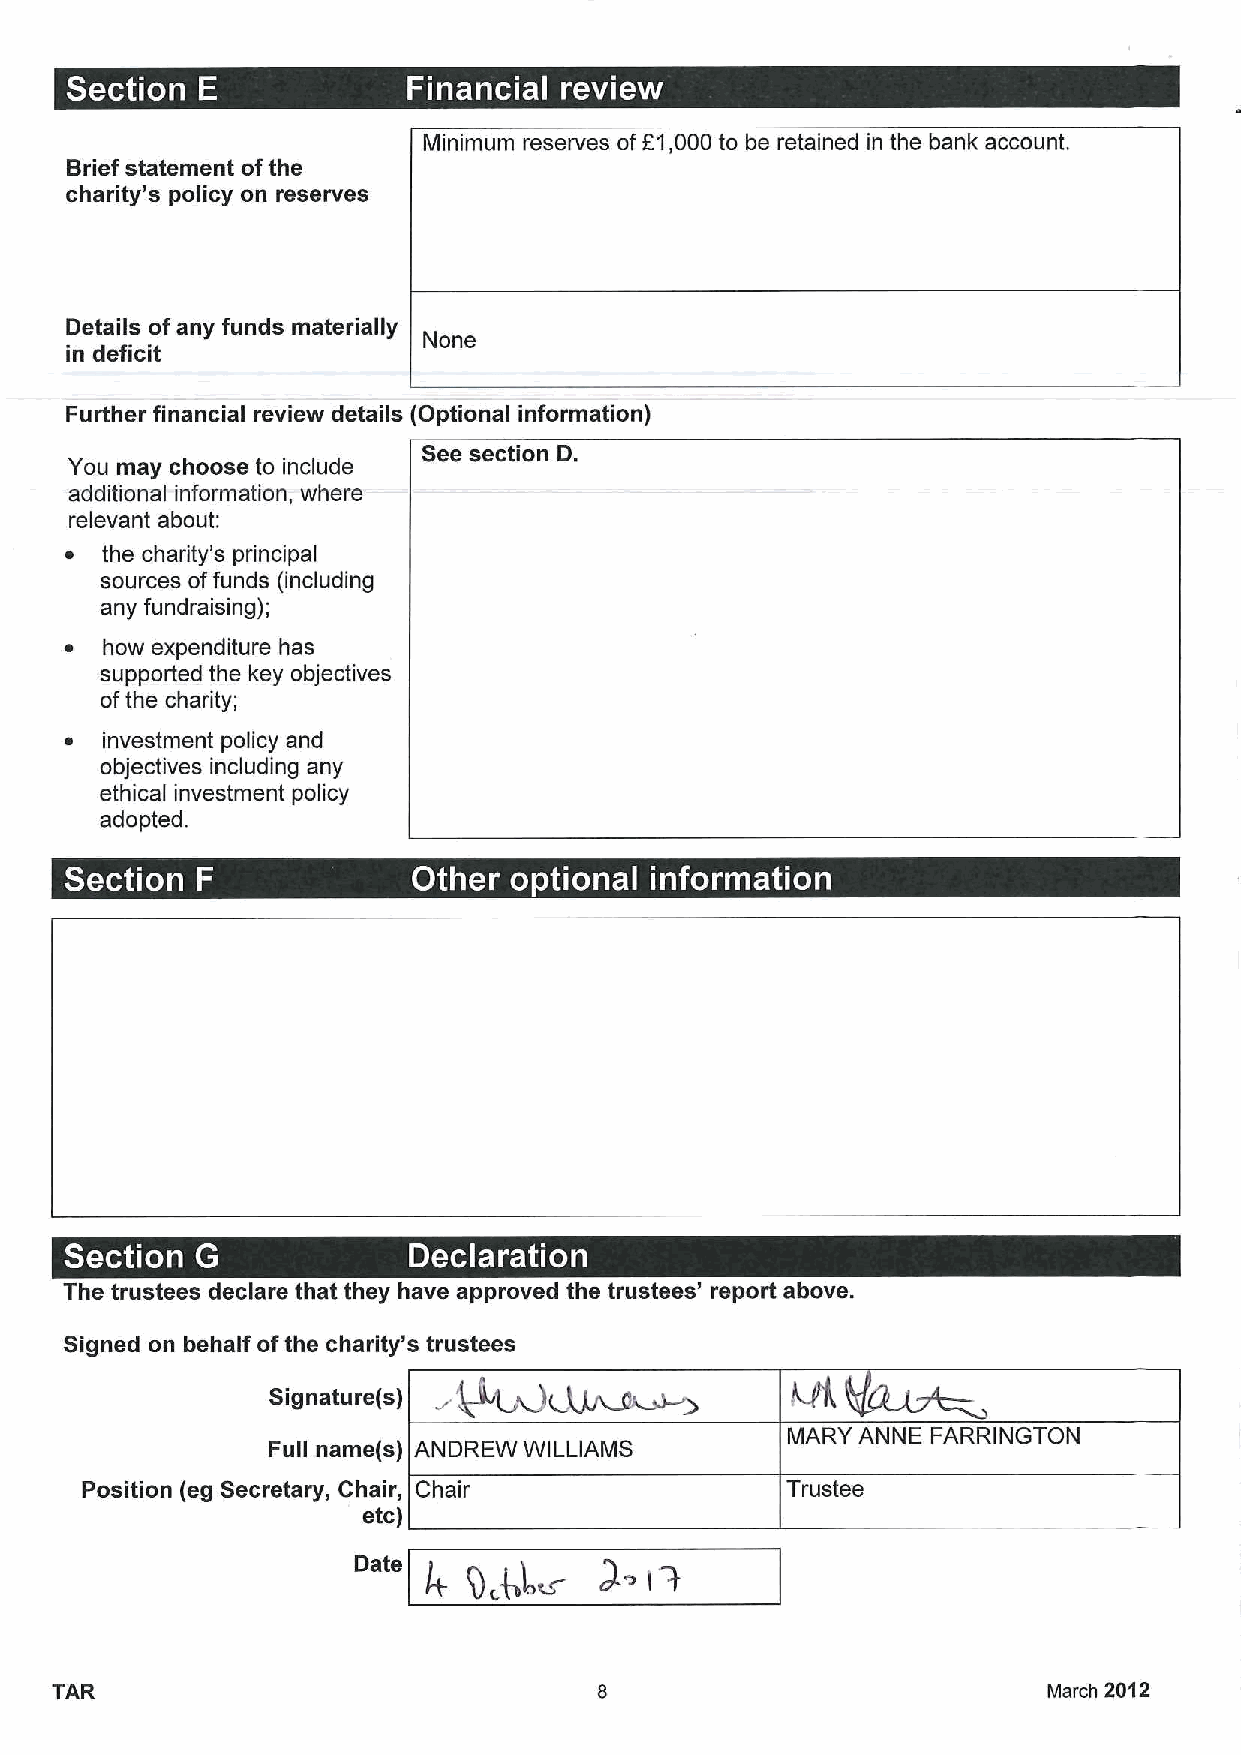
Minimum reserves ofF1,000 to be retained in the bank account.
 Brief statement ofthe
 charity's policy on reserves
 Details ofany funds materially
 None
 in deficit
 Further financial review details (Optional information)
 See section D.
 You may choose to include
 additional information, where
 relevant about:
 ~  the charity's principal
 sources offunds (including
 any fundraising);
 ~  how expenditure has
 supported the key objectives
 ofthe charity;
 ~  investment policy and
 objectives including any
 ethical investment policy
 adopted.
 ~  -
 ~ ~ ~       ~      ~
 ~-
 The trustees declare that they have approved the trustees' report above.
 Signed on behalf ofthe charity's trustees
 Signature(s)
 MARY ANNE FARRINGTON
 Full name(s) ANDREW WILLIAMS
 Position (eg Secretary, Chair, Chair           Trustee
 etc)
 TAR                                                               March 2012